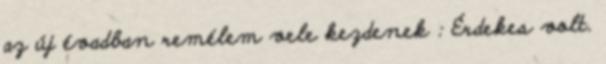
az új évadban remélem vele kezdenek : Érdekes volt.